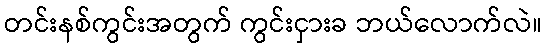
တင်းနစ်ကွင်းအတွက် ကွင်းငှားခ ဘယ်လောက်လဲ။